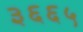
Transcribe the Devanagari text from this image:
३६६५